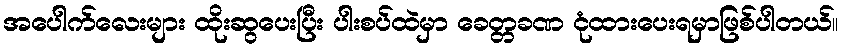
အပေါက်လေးများ ထိုးဆွပေးပြီး ပါးစပ်ထဲမှာ ခေတ္တခဏ ငုံထားပေးရမှာဖြစ်ပါတယ်။